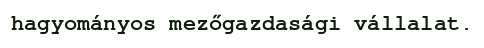
hagyományos mezőgazdasági vállalat.